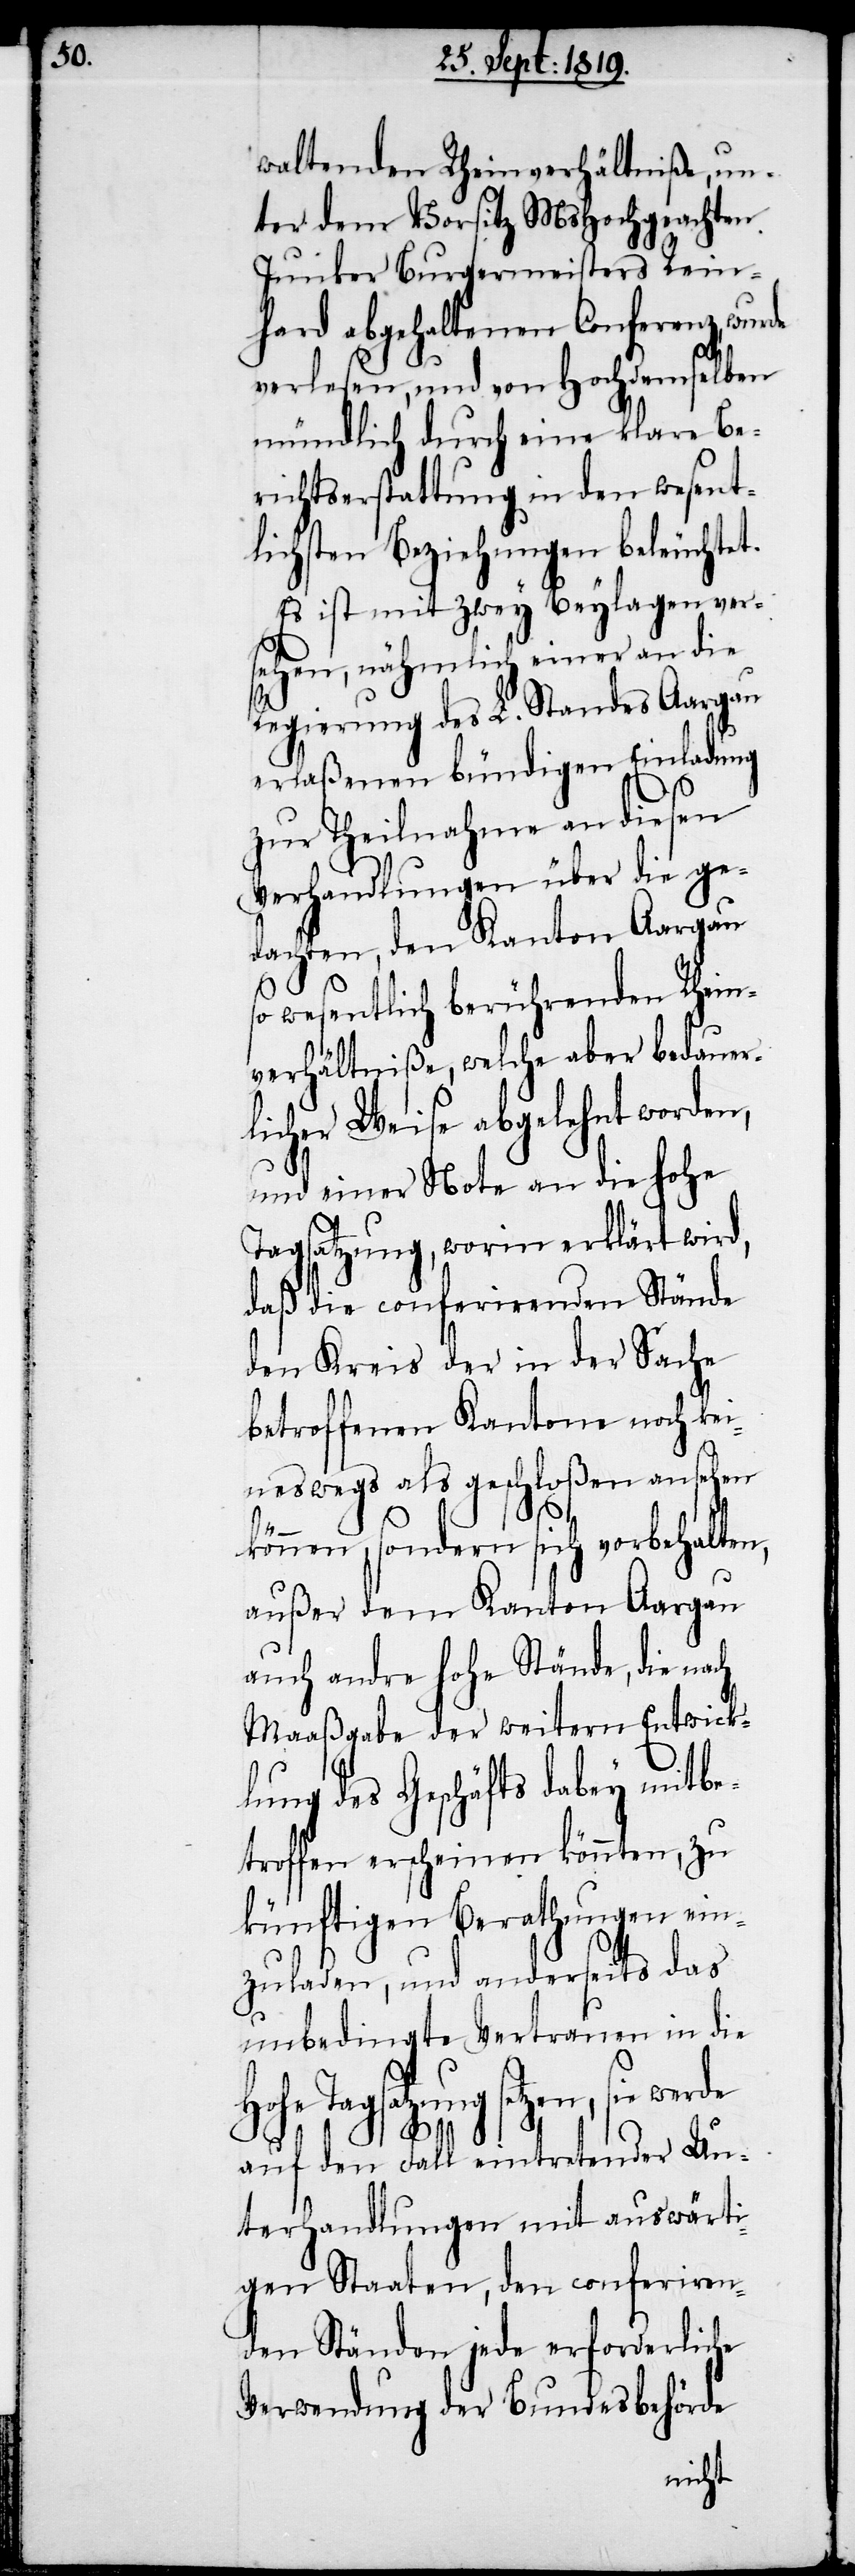
waltenden Rheinverhältniße, un¬
ter dem Vorsitz MsHochgeachten
Junker Burgermeisters Rein¬
hard abgehaltenen Conferenz, wurde
verlesen, und von Hochdemselben
mündlich durch eine klare Be¬
richtserstattung in den wesent¬
lichsten Beziehungen beleuchtet.
Es ist mit zwey Beylagen ver¬
sehen, nähmlich einer an die
Regierung des L. Standes Aargau
erlaßenen bündigen Einladung
zur Theilnahme an diesen
Verhandlungen über die ge¬
dachten, den Kanton Aargau
so wesentlich berührenden Rhein¬
verhältniße, welche aber bedauer¬
licher Weise abgelehnt worden,
und einer Note an die hohe
Tagsatzung, worin erklärt wird,
daß die conferirenden Stände
den Kreis der in der Sache
betroffenen Kantone noch kei¬
neswegs als geschloßen ansehen
können, sondern sich vorbehalten,
außer dem Kanton Aargau
auch andre hohe Stände, die nach
Maaßgabe der weitern Entwick¬
lung des Geschäfts dabey mitbe¬
troffen erscheinen könnten, zu
künftigen Berathungen ein¬
zuladen, und anderseits das
unbedingte Vertrauen in die
hohe Tagsatzung setzen, sie werde
auf den Fall eintretender Un¬
terhandlungen mit auswärti¬
gern Staaten, den conferiren¬
den Ständen jede erforderliche
Verwendung der Bundesbehörde